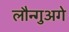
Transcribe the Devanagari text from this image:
लौन्गुअगे